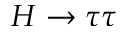
H \rightarrow \tau \tau